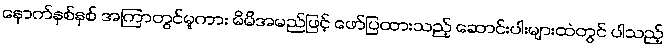
နောက်နှစ်နှစ် အကြာတွင်မူကား မိမိအမည်ဖြင့် ဖော်ပြထားသည့် ဆောင်းပါးများထဲတွင် ပါသည့်